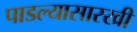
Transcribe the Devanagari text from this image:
पाडल्यासारखी